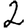
Digit: 2